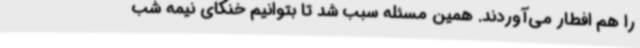
را هم افطار می‌آوردند. همین مسئله سبب شد تا بتوانیم خنکای نیمه شب